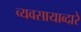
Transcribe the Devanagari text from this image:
व्यवसायाव्दारे